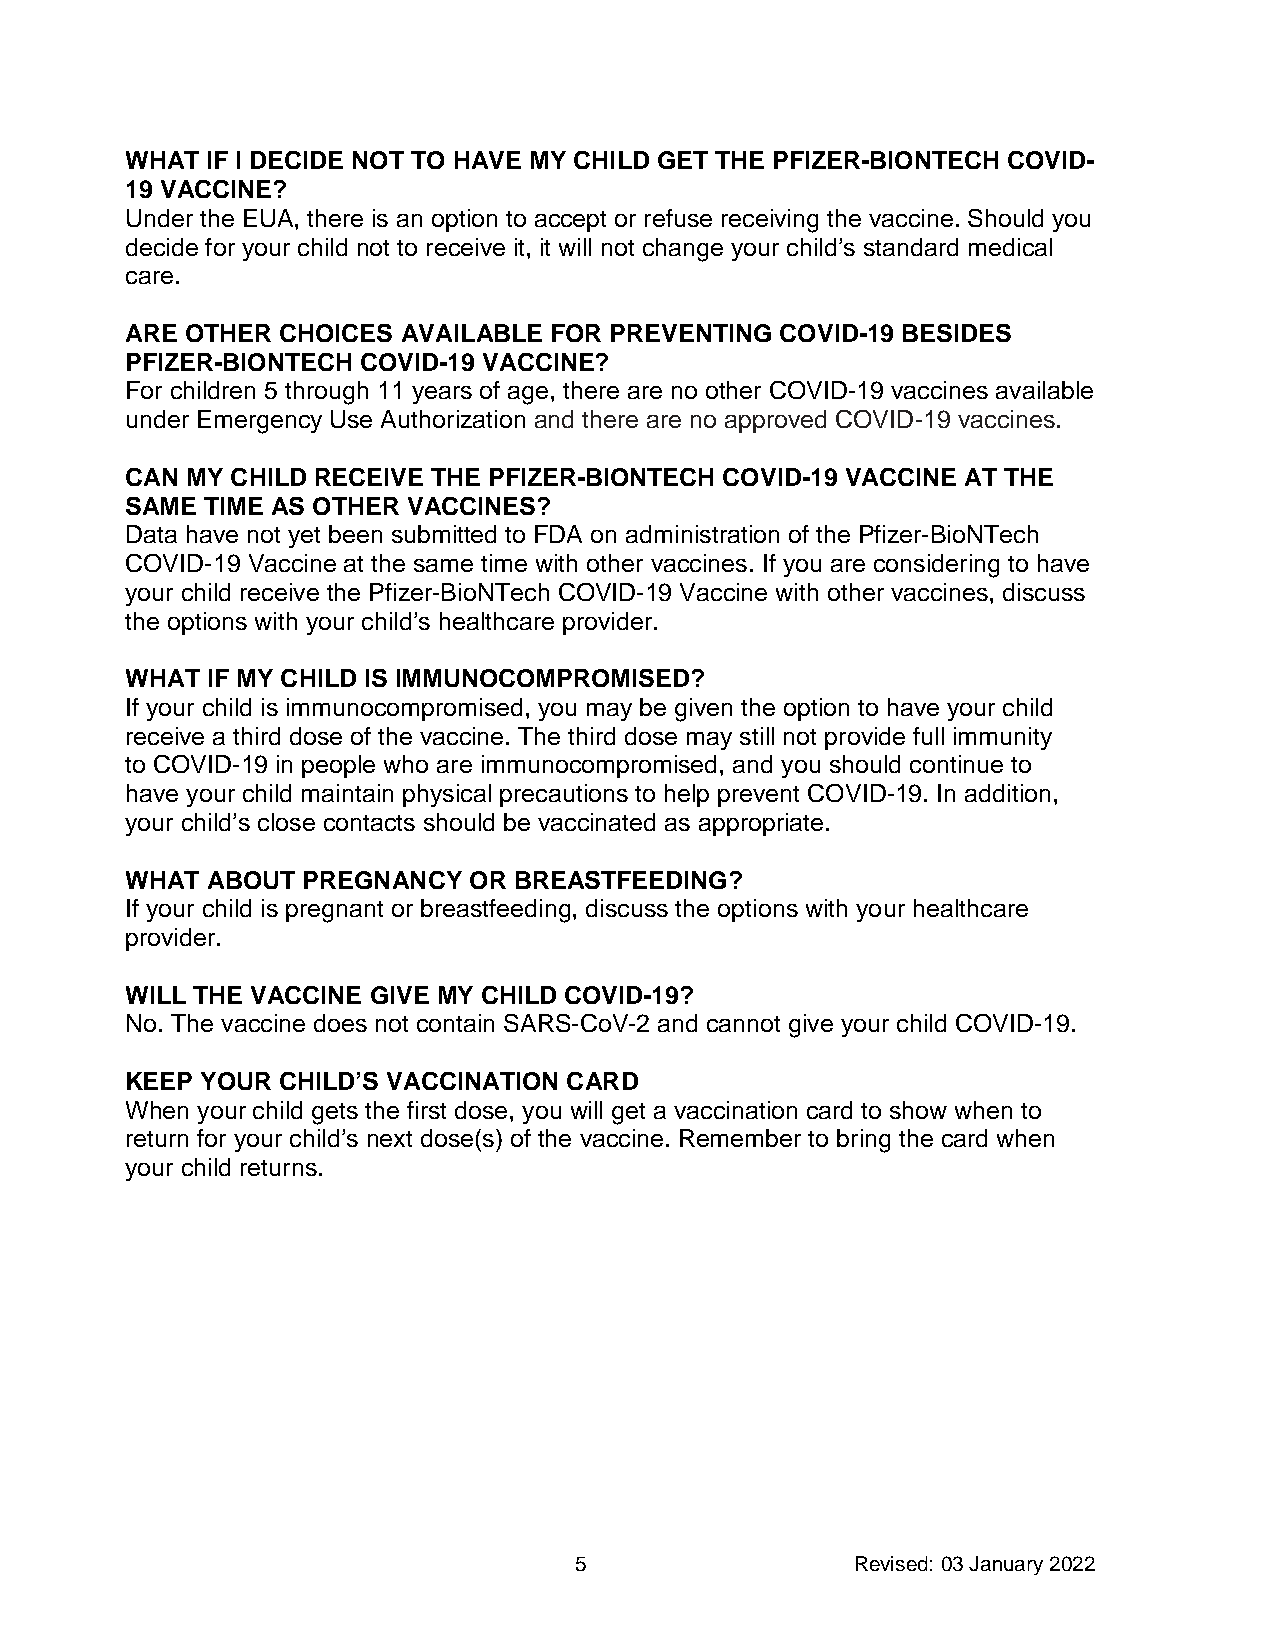
WHAT  IF I DECIDE NOT TO HAVE MY CHILD GET THE PFIZER-BIONTECH COVID-
 19 VACCINE?
 Under the EUA, there is an option to accept or refuse receiving the vaccine. Should you
 decide for your child not to receive it, it will not change your child’s standard medical
 care.
 ARE OTHER CHOICES  AVAILABLE FOR PREVENTING COVID-19 BESIDES
 PFIZER-BIONTECH COVID-19 VACCINE?
 For children 5 through 11 years of age, there are no other COVID-19 vaccines available
 under Emergency Use Authorization and there are no approved COVID-19 vaccines.
 CAN MY CHILD RECEIVE THE PFIZER-BIONTECH COVID-19 VACCINE AT THE
 SAME  TIME AS OTHER VACCINES?
 Data have not yet been submitted to FDA on administration of the Pfizer-BioNTech
 COVID-19 Vaccine at the same time with other vaccines. If you are considering to have
 your child receive the Pfizer-BioNTech COVID-19 Vaccine with other vaccines, discuss
 the options with your child’s healthcare provider.
 WHAT  IF MY CHILD IS IMMUNOCOMPROMISED?
 If your child is immunocompromised, you may be given the option to have your child
 receive a third dose of the vaccine. The third dose may still not provide full immunity
 to COVID-19 in people who are immunocompromised, and you should continue to
 have your child maintain physical precautions to help prevent COVID-19. In addition,
 your child’s close contacts should be vaccinated as appropriate.
 WHAT  ABOUT PREGNANCY  OR BREASTFEEDING?
 If your child is pregnant or breastfeeding, discuss the options with your healthcare
 provider.
 WILL THE VACCINE GIVE MY CHILD COVID-19?
 No. The vaccine does not contain SARS-CoV-2 and cannot give your child COVID-19.
 KEEP YOUR CHILD’S VACCINATION CARD
 When your child gets the first dose, you will get a vaccination card to show when to
 return for your child’s next dose(s) of the vaccine. Remember to bring the card when
 your child returns.
 5                  Revised: 03 January 2022